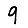
Digit: 9